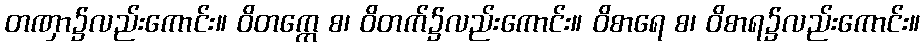
တဏှာ၌လည်းကောင်း။ ဝိတက္ကေ စ၊ ဝိတက်၌လည်းကောင်း။ ဝိစာရေ စ၊ ဝိစာရ၌လည်းကောင်း။